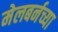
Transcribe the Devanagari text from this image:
मेलबर्नच्या